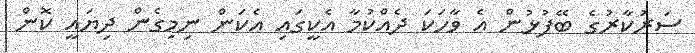
ސަރުކާރުގެ ބޭފުޅުން އެ ވާހަކަ ދެއްކުމާ އެކީގައި އެކަން ނިމިގެން ދިޔައީ ކޮން